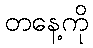
တနေ့ကို